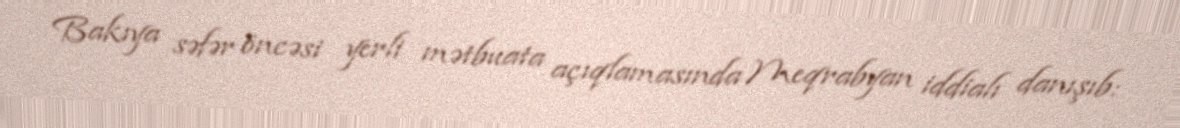
Bakıya səfər öncəsi yerli mətbuata açıqlamasında Meqrabyan iddialı danışıb: